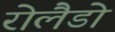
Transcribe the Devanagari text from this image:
रोलैडो